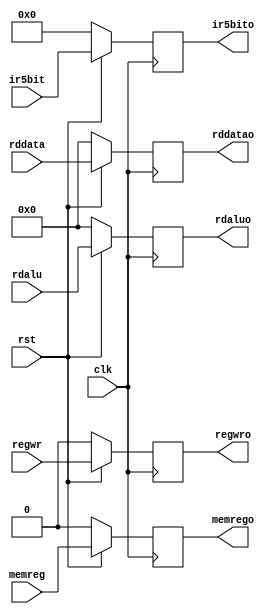
`timescale 1ns / 1ps
//////////////////////////////////////////////////////////////////////////////////
// Company: 
// Engineer: 
// 
// Design Name: 
// Module Name:    buf_MEMWB 
// Project Name: 
// Target Devices: 
// Tool versions: 
// Description: 
//
// Dependencies: 
//
// Revision: 
// Revision 0.01 - File Created
// Additional Comments: 
//
//////////////////////////////////////////////////////////////////////////////////
module buf_MEMWB(input clk, input rst, input regwr, input memreg,output reg regwro, output reg memrego,
	input [31:0] rddata, output reg [31:0]rddatao, input [31:0] rdalu, output reg [31:0]rdaluo,
	input [4:0] ir5bit, output reg [4:0] ir5bito);

always@(posedge clk)
begin
if(!rst)
begin
regwro <= 0;
memrego <= 0;
rdaluo <= 0;
rddatao <= 0;
ir5bito <= 0;
end
else
begin
regwro <= regwr;
memrego <= memreg;
rdaluo <= rdalu;
rddatao <= rddata;
ir5bito <= ir5bit;
end
end
endmodule